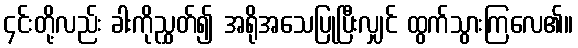
၄င်းတို့လည်း ခါးကိုညွှတ်၍ အရိုအသေပြုပြီးလျှင် ထွက်သွားကြလေ၏။